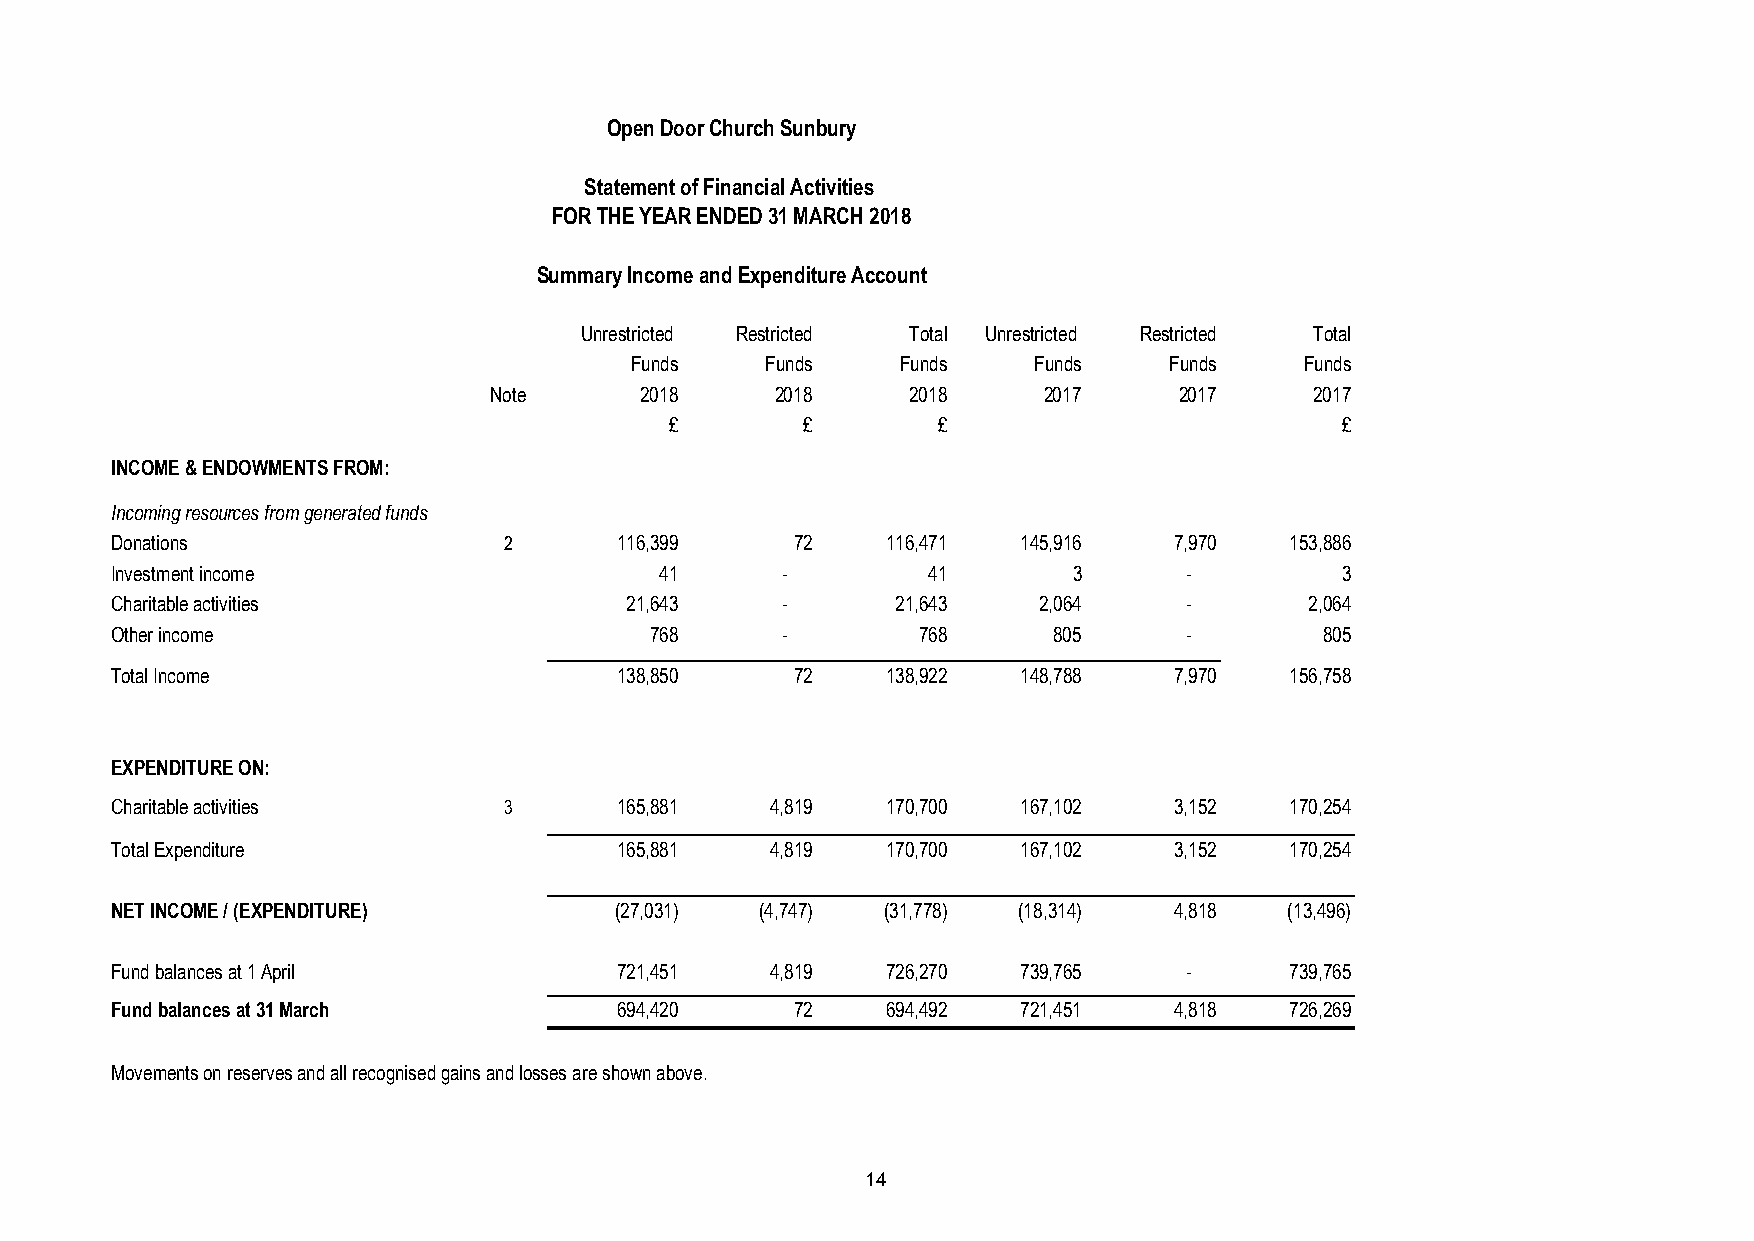
Open Door Church Sunbury
 Statement of Financial Activities
 FOR THE YEAR ENDED 31 MARCH 2018
 Summary Income and Expenditure Account
 Unrestricted Restricted Total Unrestricted Restricted Total
 Funds    Funds    Funds   Funds    Funds    Funds
 Note      2018     2018     2018     2017     2017     2017
 £        £        £                          £
 INCOME & ENDOWMENTS FROM:
 Incoming resources from generated funds
 Donations                 2       116,399     72    116,471  145,916   7,970  153,886
 Investment income                    41      -        41        3       -         3
 Charitable activities             21,643     -      21,643    2,064     -       2,064
 Other income                        768      -        768      805      -        805
 Total Income                      138,850     72    138,922  148,788   7,970  156,758
 EXPENDITURE ON:
 Charitable activities     3       165,881   4,819   170,700  167,102   3,152  170,254
 Total Expenditure                 165,881   4,819   170,700  167,102   3,152  170,254
 NET INCOME / (EXPENDITURE)        (27,031) (4,747) (31,778) (18,314)   4,818  (13,496)
 Fund balances at 1 April          721,451   4,819   726,270  739,765    -     739,765
 Fund balances at 31 March         694,420     72    694,492  721,451   4,818  726,269
 Movements on reserves and all recognised gains and losses are shown above.
 14